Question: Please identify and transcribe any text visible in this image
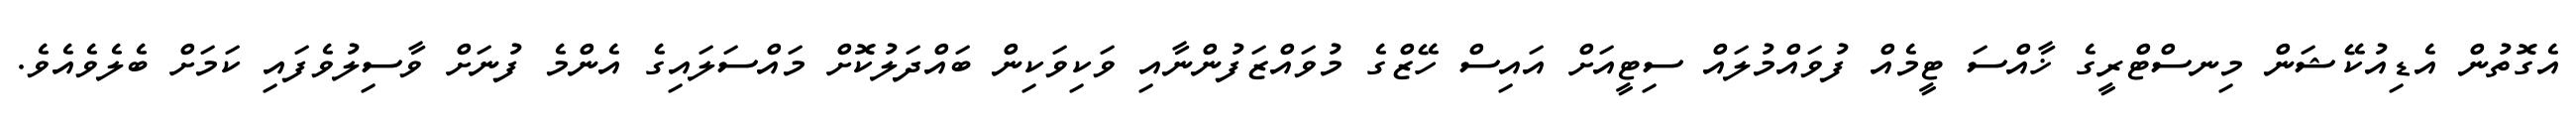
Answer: އެގޮތުން އެޑިއުކޭޝަން މިނސްޓްރީގެ ޚާއްސަ ޓީމެއް ފުވައްމުލައް ސިޓީއަށް އައިސް ހޭޒްގެ މުވައްޒަފުންނާއި ވަކިވަކިން ބައްދަލުކޮށް މައްސަލައިގެ އެންމެ ފުނަށް ވާސިލުވެފައި ކަމަށް ބެލެވެއެވެ.